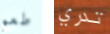
طعم تدري